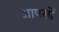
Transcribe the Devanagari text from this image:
आपसों